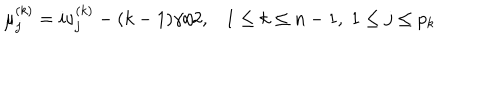
\mu _ { j } ^ { ( k ) } = i \nu _ { j } ^ { ( k ) } - ( k - 1 ) \gamma / 2 , 1 \leq k \leq n - 1 , \; 1 \leq j \leq p _ { k }